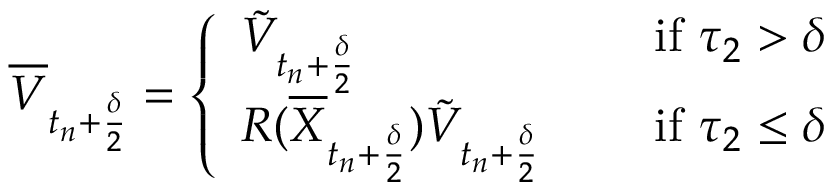
\begin{array} { r } { \overline { { V } } _ { t _ { n } + \frac { \delta } { 2 } } = \left\{ \begin{array} { l l } { \tilde { V } _ { t _ { n } + \frac { \delta } { 2 } } \quad } & { \mathrm { ~ i f ~ } \tau _ { 2 } > \delta } \\ { R ( \overline { { X } } _ { t _ { n } + \frac { \delta } { 2 } } ) \tilde { V } _ { t _ { n } + \frac { \delta } { 2 } } \quad } & { \mathrm { ~ i f ~ } \tau _ { 2 } \leq \delta } \end{array} \right. } \end{array}